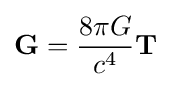
\mathbf {G} ={\frac {8\pi G}{c^{4}}}\mathbf {T}